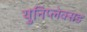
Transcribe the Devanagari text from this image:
युनिप्लेक्सड